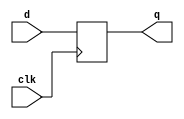
`timescale 1ns / 1ps
//////////////////////////////////////////////////////////////////////////////////
// Company: 
// Engineer: 
// 
// Design Name: 
// Module Name: seq_dff_bh
// Project Name: 
// Target Devices: 
// Tool Versions: 
// Description: 
// 
// Dependencies: 
// 
// Revision:
// Revision 0.01 - File Created
// Additional Comments:
// 
//////////////////////////////////////////////////////////////////////////////////


module seq_dff_bh(q,d,clk);
input d,clk;
output reg q;

always @(posedge clk)
        if (clk)
            q <= d;//nonblocking  
endmodule